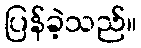
ပြန်ခဲ့သည်။